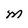
Character: M